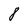
Character: 8